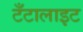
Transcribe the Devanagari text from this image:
टँटालाइट